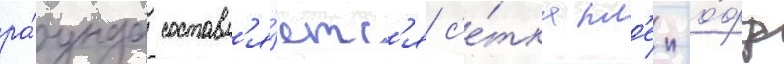
ра́унда составл'я́етс'я с'е́тка пл'еи-о́фф